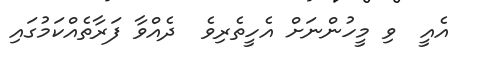
އެއީ  ވި މީހުންނަށް އެހީތެރިވެ  ދެއްވާ ފަރާތެއްކަމުގައި